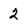
Character: 2